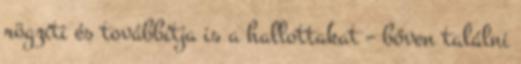
rögzíti és továbbítja is a hallottakat – bőven találni